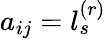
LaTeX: a_{ij}=l_{s}^{(r)}